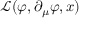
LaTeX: { \mathcal { L } } ( \varphi , \partial _ { \mu } \varphi , x )